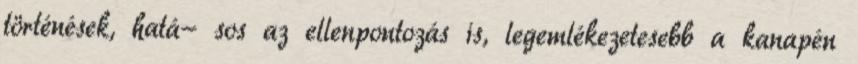
történések, hatá- sos az ellenpontozás is, legemlékezetesebb a kanapén